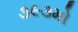
૩૯૩મો